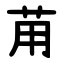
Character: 苚